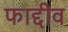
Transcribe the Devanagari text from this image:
फाद्दीव